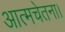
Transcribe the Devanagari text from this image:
आत्मचेतना।